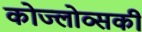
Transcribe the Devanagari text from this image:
कोज्लोव्सकी